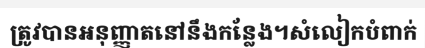
ត្រូវបានអនុញ្ញាតនៅនឹងកន្លែង។សំលៀកបំពាក់